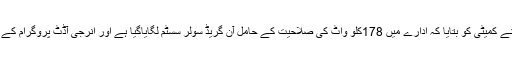
توانائی کے بحران کے حل کے حوالے سے انہوں نے کمیٹی کو بتایا کہ ادارے میں 178کلو واٹ کی صلاحیت کے حامل آن گریڈ سولر سسٹم لگایاگیا ہے اور انرجی آڈٹ پروگرام کے تحت اپنی چالیس فیصد بجلی کی کھپت بچائی ہے ۔